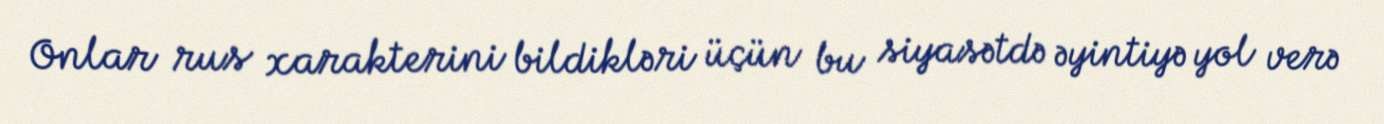
Onlar rus xarakterini bildikləri üçün bu siyasətdə əyintiyə yol verə